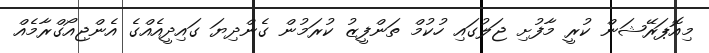
މިއޮޕަރޭޝަން ކުރީ މާފުށި ޖަލުގައި ހުކުމް ތަންފީޒު ކުރަމުން ގެންދިޔަ ގައިދީއެއްގެ އެންޖިއޯގްރާމެއް